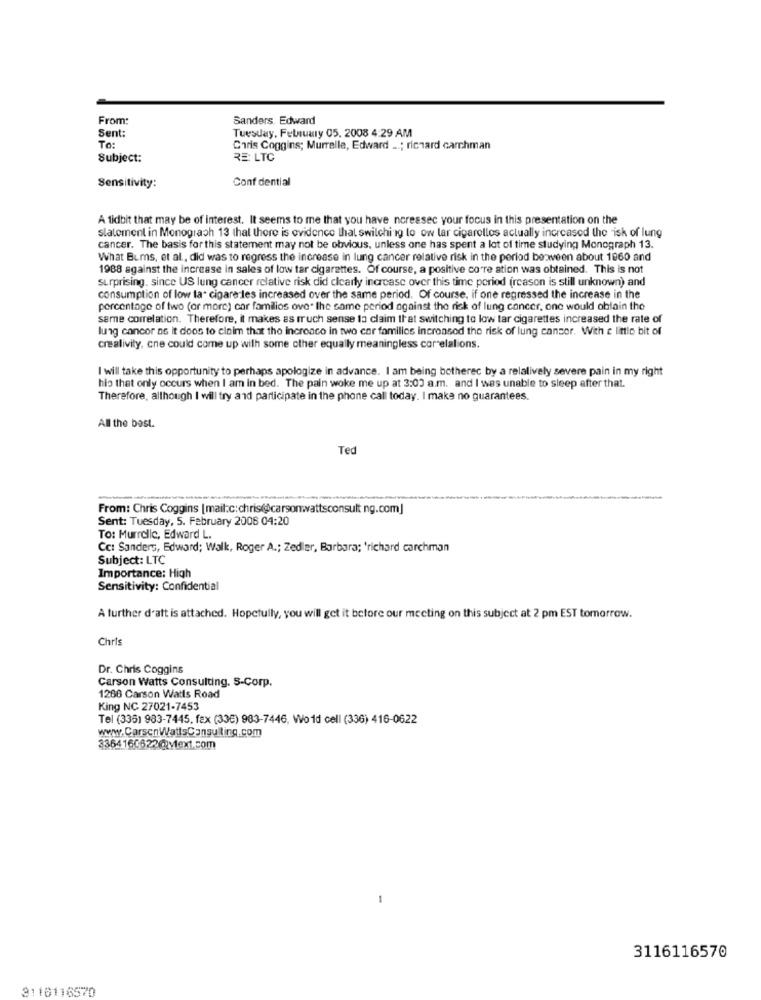
From:
Sanders. Edward
Sent:
Tuesday, February 05. 2008 4:29 AM
To:
Chris Coggins; Murralle, Edward _.; richard carchman
Subject:
RE: LTC
Conf dential
Sensitivity:
A tidbit that may be of interest. It seems to me that you have neressec your focus in this presentation on the
statement in Monograph 13 that there is evidence that switching to ow tar cigarellos actually increased the isk of lung
cancer. The basis for this statement may not be obvious, unless one has spent a lot of time studying Monograph 13.
What Bums, et al ., did was to regress the increase in lung cancer relative risk in the period be ween about 1860 and
1988 against the increase in sales of low tar cigarettes. Of course, a positive co're ation was obtained. This is not
surprising. since US lung cancer relative risk did clearly increase over this time period (reason is still unknown) and
consumption of low fat cigare les increased over the same period. Of course, if one regressed the increase in the
percentage of two (or more) car families ove. the same period against the risk of lung cancer, one would oblain the
same correlation. Therefore, it makes as much sense la claim that switching to low tar cigarettes increased the rate of
lung cancer as it doos to claim that the incroaco in two cor families increased the risk of lung cancer. With a little bit of
crealivity, cne could come up with some other equally meaningless cor elalions.
I will take this opportunity to perhaps apologize in advance. I am being botherec by a relatively severe pain in my right
his that only occurs when I am in bed. The pain woke me up at 3:00 a.m. and I was unable to sleep after that.
Therefore, although I will try and participate in the phone call today. I make no guarantees.
All the best.
Ted
--
From: Chris Coggins [mail:c:chris@@carsonwattsconsult ng.com]
Sent: Tuesday, 5. February 2006 04:20
To: Murrolic, Edward L.
Cc: Sanders, Edward; Walk, Roger A .; Zedler, Barbara; 'richard carchman
Subject: LTC
Importance: High
Sensitivity: Confidential
A further d'att is attached. Hopefully, you will get it before our meeting on this subject at 2 pm EST tomorrow.
Chris
Dr. Chris Coggins
Carson Watts Consulting. S-Corp.
1286 Carson Watts Road
King NC 27021-7453
Tel (336) 983-7445. fax (336) 963-7446, Wold cell (336) 416-0622
www.CarscnWattsConsulting.com
3364160622@ viext.com
-
3116116570
3110116570